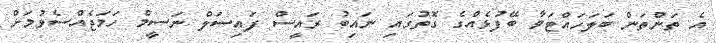
އެ ތަންތަން ބަލަހައްޓަވާ ބޭފުޅެއްގެ ގޮތުގައި ނައިބު ރައީސް ފައިސަލް ނަސީމް ހަމަޖެއްސެވުމަށް